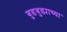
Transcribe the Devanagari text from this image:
बुडबुड्याच्या